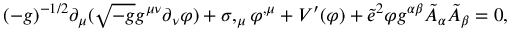
( - g ) ^ { - 1 / 2 } \partial _ { \mu } ( \sqrt { - g } g ^ { \mu \nu } \partial _ { \nu } \varphi ) + \sigma , _ { \mu } \varphi ^ { , \mu } + V ^ { \prime } ( \varphi ) + \tilde { e } ^ { 2 } \varphi g ^ { \alpha \beta } \tilde { A } _ { \alpha } \tilde { A } _ { \beta } = 0 ,